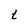
Character: t